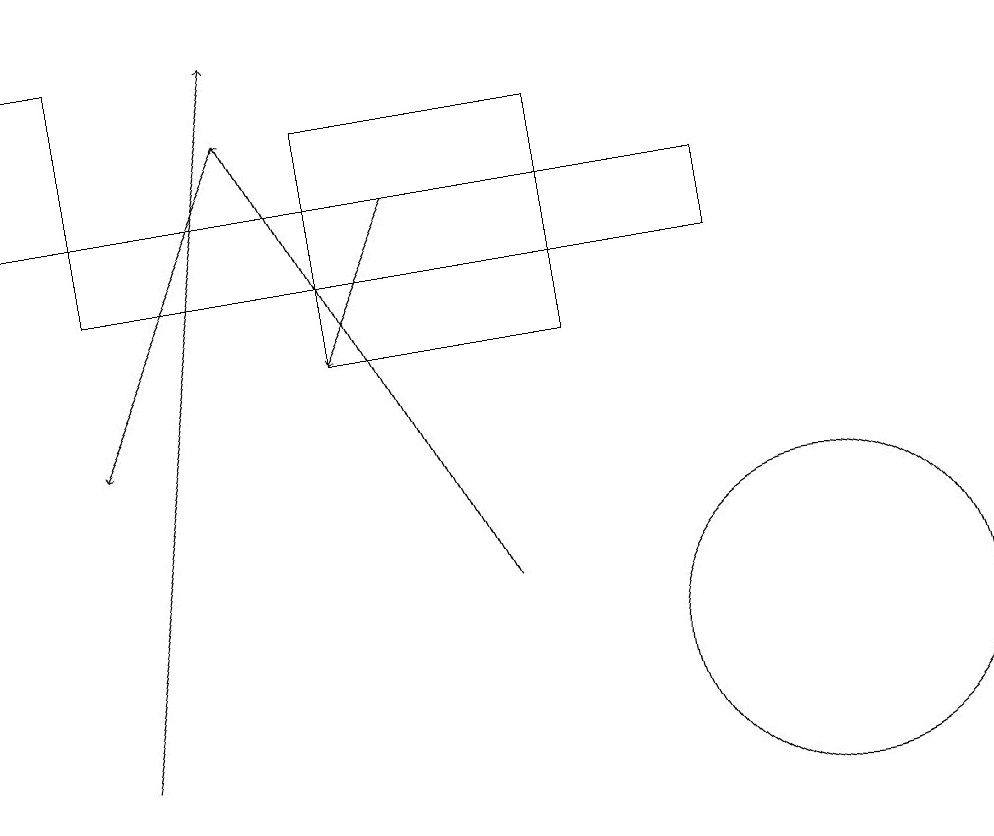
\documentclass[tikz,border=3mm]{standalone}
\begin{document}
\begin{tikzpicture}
\draw[->] (1,10) -- (3,19);
\draw (1,16) rectangle (9,17);
\draw (7,15) rectangle (4,18);
\draw[->] (3,18) -- (1,14);
\draw[->] (6,12) -- (3,18);
\draw (1,17) rectangle (0,19);
\draw (10,11) circle (2);
\draw[->] (5,17) -- (4,15);
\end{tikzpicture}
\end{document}